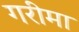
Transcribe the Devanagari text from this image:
गरीमा